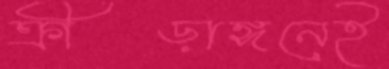
ক্রীড়াঙ্গনেই